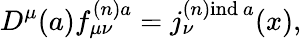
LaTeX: D^{\mu}(a)f_{\mu\nu}^{(n)a}=j_{\nu}^{(n)\mathrm{ind}\ a}(x),